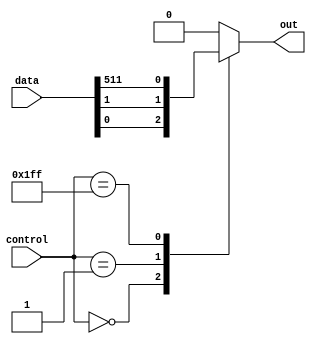
module mux_512to1 (
    input [511:0] data,
    input [8:0] control,
    output reg out
);

always @(*) begin
    case (control)
        9'b000000000: out = data[0];
        9'b000000001: out = data[1];
        // Add cases for all 512 input signals
        // ...
        9'b111111111: out = data[511];
        default: out = 0; // Default case if control input is invalid
    endcase
end

endmodule